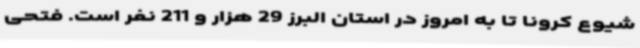
شیوع کرونا تا به امروز در استان البرز 29 هزار و 211 نفر است. فتحی